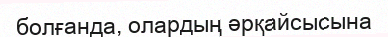
болғанда, олардың әрқайсысына